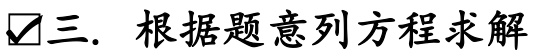
✔三. 根据题意列方程求解